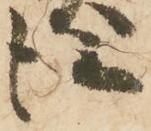
従